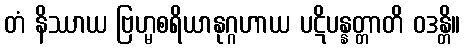
တံ နိဿာယ ဗြဟ္မစရိယာနုဂ္ဂဟာယ ပဋိပန္နတ္တာတိ ဝဒန္တိ။